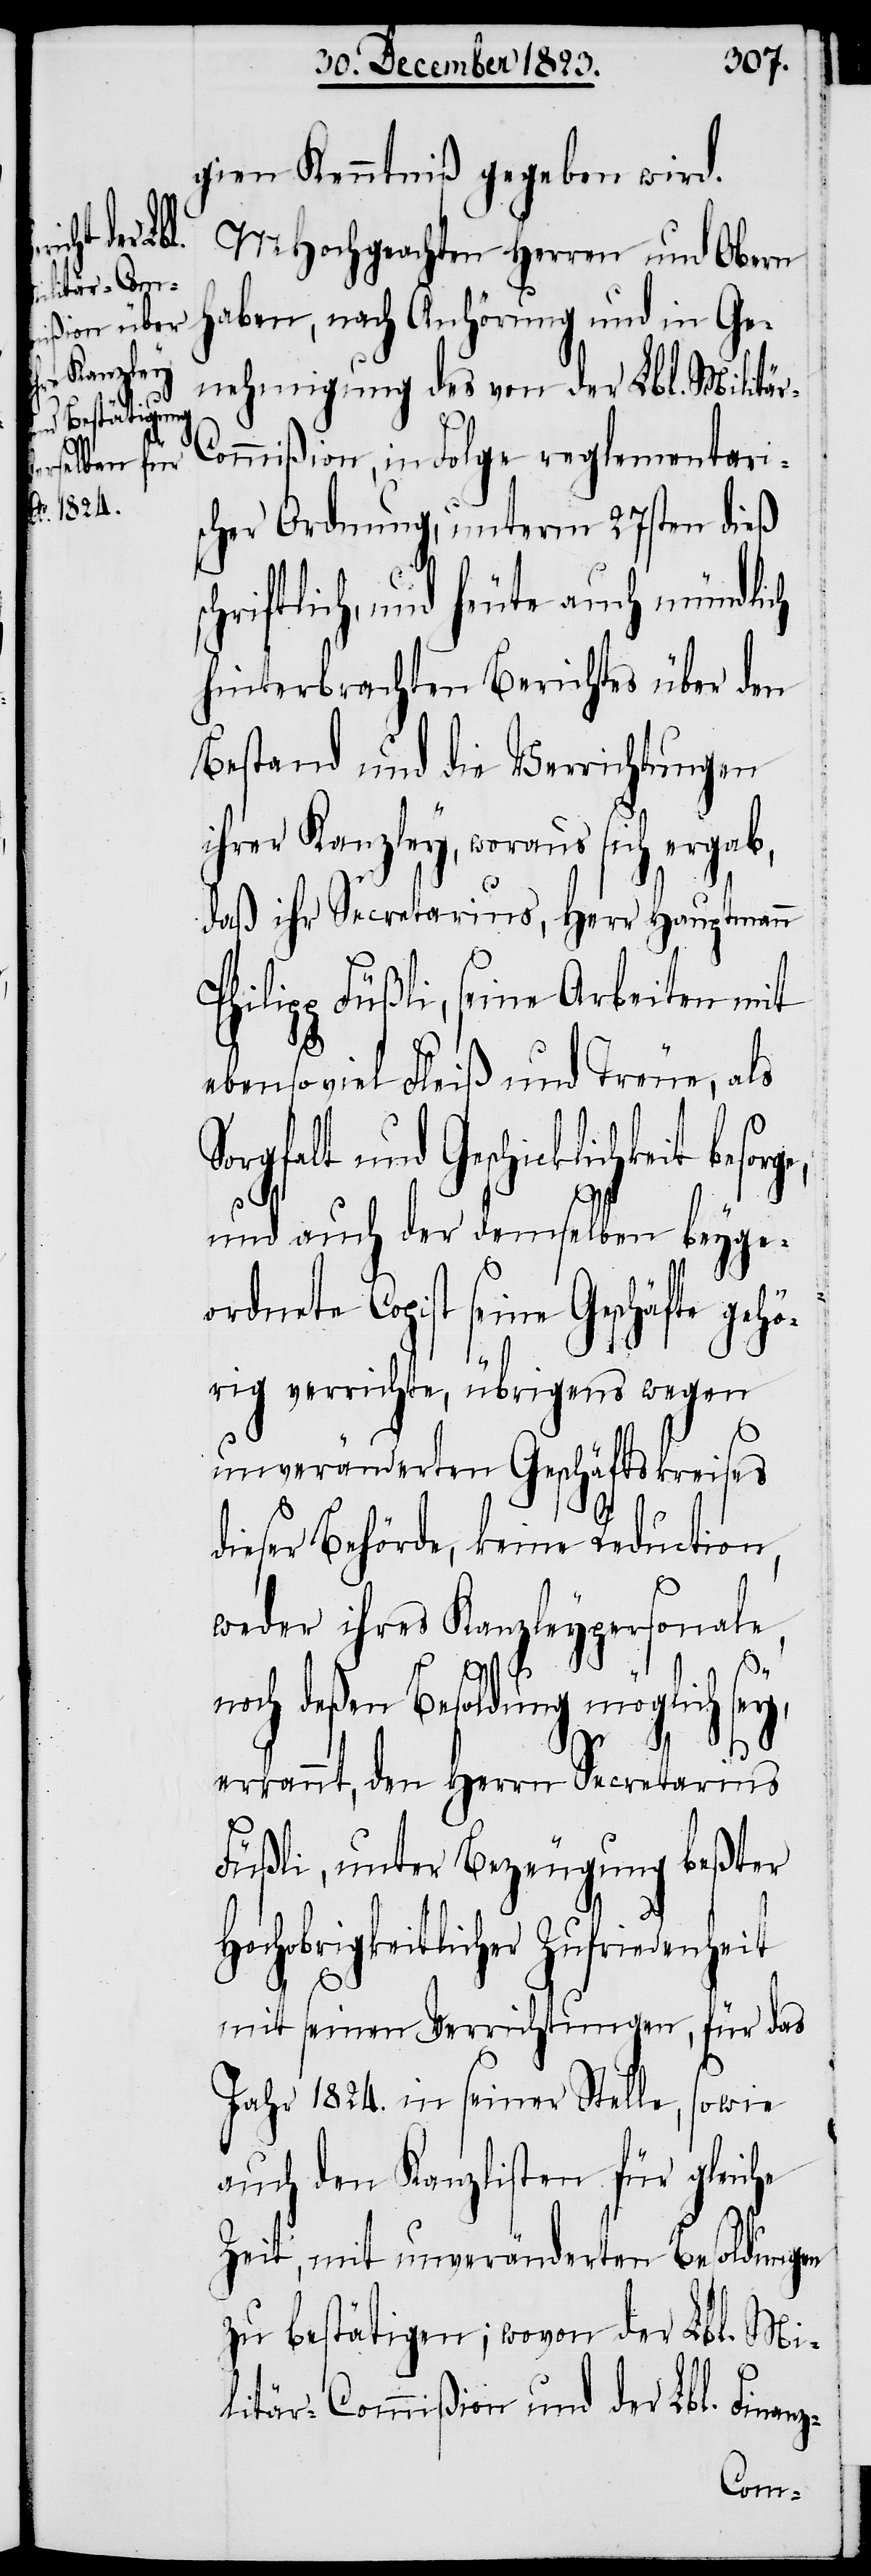
tär-C¬
besorge,

gien Kenntniß gegeben wird.
MHochgeachten Herren und Obern
haben, nach Anhörung und in Ge¬
nehmigung des von der Lbl. Mili¬
ommißion, in Folge reglementari¬
scher Ordnung, unterm 27sten dieß
chriftlich, und heute auch mündlich
hinterbrachten Berichtes über den
Bestand und die Verrichtungen
ihrer Kanzley, woraus sich ergab,
daß ihr Secretarius, Herr Hauptmann
Philipp Füßli, seine Arbeiten mit
ebenso viel Fleiß und Treue, als
Sorgfalt und Geschicklichkeit
und auch der demselben beyge¬
ordnete Copist seine Geschäfte gehö¬
rig verrichte, übrigens wegen
unveränderten Geschäftskreises
dieser Behörde, keine Reduction,
weder ihres Kanzleypersonale,
nach deßen Besoldung möglich sey,
erkannt, den Herrn Secretarius
Füßli, unter Bezeugung beßter
Hochobrigkeitlicher Zufriedenheit
z-
mit seinen Verrichtungen, für das
Jahr 1824. in seiner Stelle, sowie
auch den Kanzlisten für gleiche
Zeit, mit unveränderten Besoldungen
zu bestätigen; wovon der Lbl. Mi¬
litär-Commißion und der Lbl. Finan¬